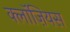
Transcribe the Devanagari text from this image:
क्लॉज़ियस